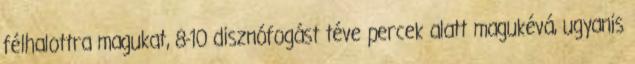
félhalottra magukat, 8-10 disznófogást téve percek alatt magukévá, ugyanis